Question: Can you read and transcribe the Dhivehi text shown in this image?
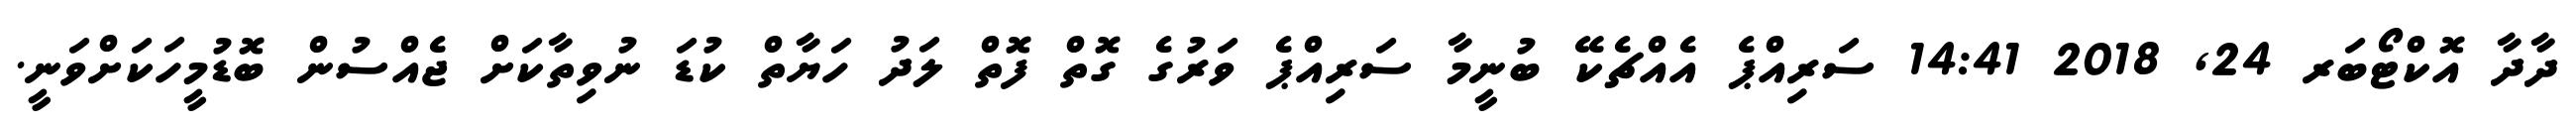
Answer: ދާދާ އޮކްޓޯބަރ 24, 2018 14:41 ސަރިއްޕެ އެއްޗެކޭ ބުނީމާ ސަރިއްޕެ ވަރުގެ ގޮތް ފޮތް ލަދު ހަޔާތް ކުޑަ ނުވިތާކަށް ޖެއްސުން ބޮޑުމީހަކަށްވަނީ.